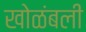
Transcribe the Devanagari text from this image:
खोळंबली